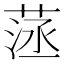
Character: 𦴸